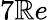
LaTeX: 7\mathbb{R}e